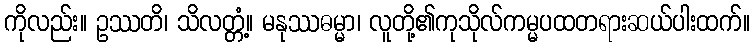
ကိုလည်း။ ဥဿတိ၊ သိလတ္တံ့။ မနုဿဓမ္မာ၊ လူတို့၏ကုသိုလ်ကမ္မပထတရားဆယ်ပါးထက်။